Report on inoculation in the plague infected areas of the Punjab and its dependencies from October 1900 to September 1901
Year: 1900
Disease focus: Plague
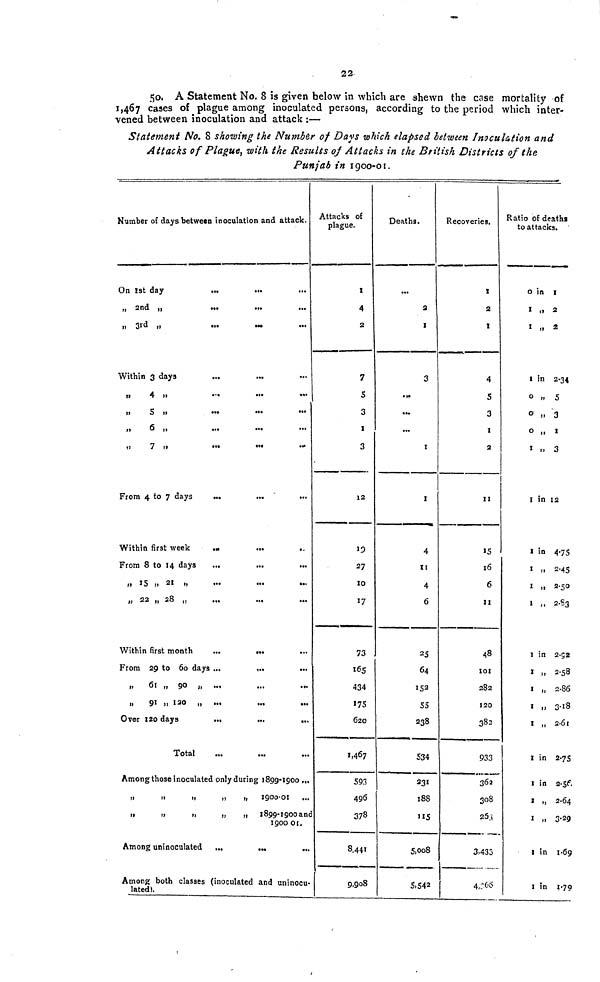
22
50. A Statement No. 8 is given below in which are shewn the case mortality of
1,467 cases of plague among inoculated persons, according to the period which inter-
vened between inoculation and attack :—
Statement No. 8 showing the Number of Days which elapsed between Inoculation and
Attacks of Plague, with the Results of Attacks in the British Districts of the
Punjab in 1900-01.
Number of days between inoculation and attack.
On 1st day
„ 2nd „
„ 3rd
,,
Within 3 days
...
...
,, 4 ,,
,, 5 ,,
„
6 „
,, 7 ,,
From 4 to 7 days
Within first week
From 8 to 14 days
,, 15 ,, 21 ,,
„ 22 „ 28 „
Within first month
From 29 to 60 days
„
61 „ 90 „
„
91 „ 120 „
Over 120 days
Total
Among those inoculated only during 1899-1900
1900-01
1899-1900 and
1900 of.
Among uninoculated
Among both classes (inoculated and uninocu-
lated).
Attacks of
plague.
1
4
2
7
S
3
1
3
12
19
27
10
17
73
165
434
175
620
1,467
593
496
378
8,441
9,908
Deaths.
2
1
3
...
...
1
1
4
11
4
6
25
64
152
55
238
534
231
188
115
5,008
5,542
Recoveries.
t
2
I
4
5
3
1
2
11
15
16
6
11
48
101
282
120
382
933
362
308
253
3.433
4,366
Ratio of deaths
to attacks.
0 in 1
1 ,, 2
1 „ 2
1 in 2.34
0 „ 5
0 ,, 3
0 „ 1
1
,,
3
1 in 12
I in 4.75
1 ,, 2.45
1 „ 2.50
1 ,, 2.83
1 in 2.92
1 ,, 2.58
1 „ 2.86
1
,,
3.18
1 „ 2.61
1 in 2.75
1 in 2.56
1 ,, 2.64
1 ,, 3.29
1 in 1.69
1 in 1.79